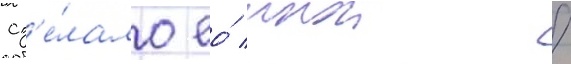
сд'е́лало ео́ инои /